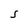
Character: S